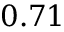
0 . 7 1